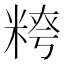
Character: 𥺭